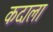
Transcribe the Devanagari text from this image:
कदाला